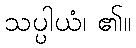
သပ္ပါယံ၊ ၏။